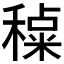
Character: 𰨶